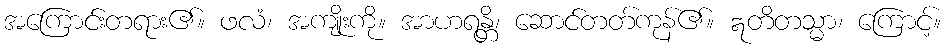
အကြောင်းတရား၏။ ဖလံ၊ အကျိုးကို။ အာဟရန္တိ၊ ဆောင်တတ်ကုန်၏။ ဣတိတသ္မာ၊ ကြောင့်။